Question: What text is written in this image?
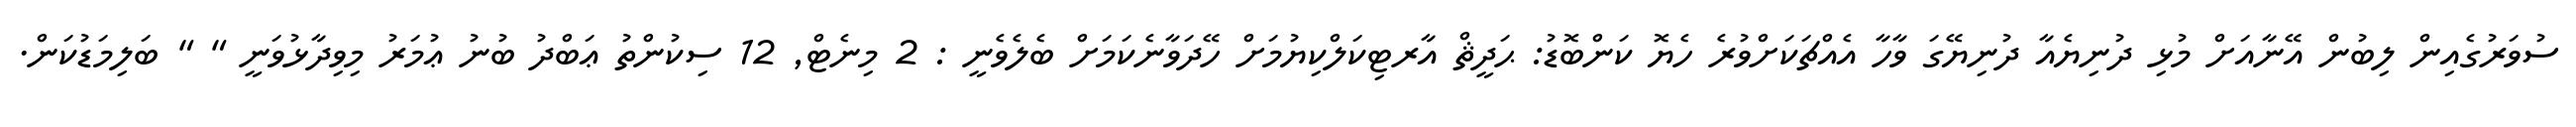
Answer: ސުވަރުގެއިން ލިބުން އޭނާއަށް މުޅި ދުނިޔެއާ ދުނިޔޭގަ ވާހާ އެއްޗަކަށްވުރެ ހެޔޮ ކަންބޮޑު: ޙަދީޘް އާރޓިކަލްކިޔުމަށް ހޭދަވާނެކަމަށް ބެލެވެނީ : 2 މިނެޓް, 12 ސިކުންތު ޢަބްދު ބުނު ޢުމަރު މިވިދާޅުވަނީ " " ބަލިމަޑުކަން.